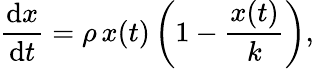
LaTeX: {\frac{\mathrm{d}x}{\mathrm{d}t}}=\rho\, x(t)\left(1-{\frac{x(t)}{k}}\right),